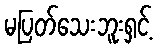
မပြတ်သေးဘူးရှင့်